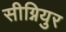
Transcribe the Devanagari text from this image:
सीग्नियुर